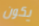
يكون